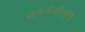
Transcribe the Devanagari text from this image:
अथर्वशीर्षानें